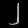
Digit: ၂